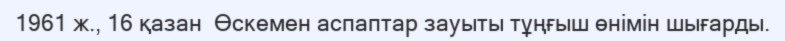
1961 ж., 16 қазан  Өскемен аспаптар зауыты тұңғыш өнімін шығарды.